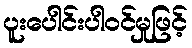
ပူးပေါင်းပါဝင်မှုဖြင့်